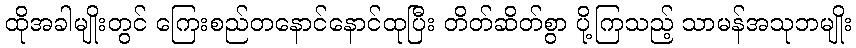
ထိုအခါမျိုးတွင် ကြေးစည်တနောင်နောင်ထုပြီး တိတ်ဆိတ်စွာ ပို့ကြသည့် သာမန်အသုဘမျိုး